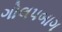
ગોલપબાગ